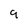
Character: 9